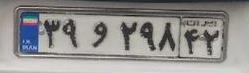
۳۹و۲۹۸۴۲